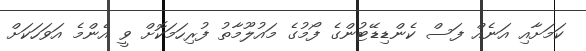
ކަމަށާއި އަނެއް ފަސް ކެންޑިޑޭޓުންގެ ފޯމުގެ މައުލޫމާތު ފުރިހަމަކޮށް ވީ އެންމެ އަވަހަކަށް